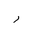
Letter: _ra